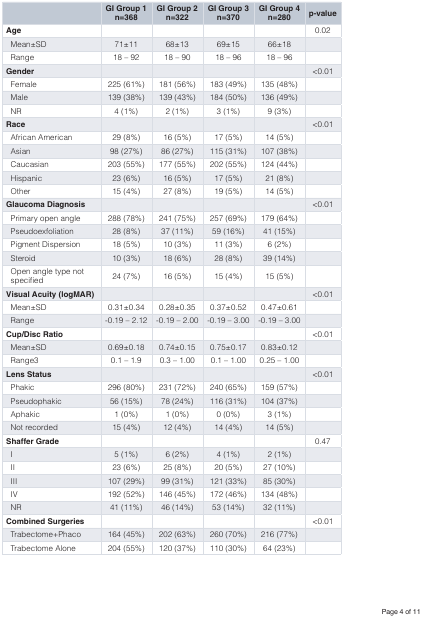
<table><thead><tr><td></td><td><b>GI Group 1n=368</b></td><td><b>GI Group 2n=322</b></td><td><b>GI Group 3n=370</b></td><td><b>GI Group 4n=280</b></td><td><b>p-value</b></td></tr></thead><tbody><tr><td><b>Age</b></td><td></td><td></td><td></td><td></td><td>0.02</td></tr><tr><td>Mean±SD</td><td>71±11</td><td>68±13</td><td>69±15</td><td>66±18</td><td></td></tr><tr><td>Range</td><td>18 – 92</td><td>18 – 90</td><td>18 – 96</td><td>18 – 96</td><td></td></tr><tr><td><b>Gender</b></td><td></td><td></td><td></td><td></td><td>&lt;0.01</td></tr><tr><td>Female</td><td>225 (61%)</td><td>181 (56%)</td><td>183 (49%)</td><td>135 (48%)</td><td></td></tr><tr><td>Male</td><td>139 (38%)</td><td>139 (43%)</td><td>184 (50%)</td><td>136 (49%)</td><td></td></tr><tr><td>NR</td><td>4 (1%)</td><td>2 (1%)</td><td>3 (1%)</td><td>9 (3%)</td><td></td></tr><tr><td><b>Race</b></td><td></td><td></td><td></td><td></td><td>&lt;0.01</td></tr><tr><td>African American</td><td>29 (8%)</td><td>16 (5%)</td><td>17 (5%)</td><td>14 (5%)</td><td></td></tr><tr><td>Asian</td><td>98 (27%)</td><td>86 (27%)</td><td>115 (31%)</td><td>107 (38%)</td><td></td></tr><tr><td>Caucasian</td><td>203 (55%)</td><td>177 (55%)</td><td>202 (55%)</td><td>124 (44%)</td><td></td></tr><tr><td>Hispanic</td><td>23 (6%)</td><td>16 (5%)</td><td>17 (5%)</td><td>21 (8%)</td><td></td></tr><tr><td>Other</td><td>15 (4%)</td><td>27 (8%)</td><td>19 (5%)</td><td>14 (5%)</td><td></td></tr><tr><td><b>Glaucoma Diagnosis</b></td><td></td><td></td><td></td><td></td><td>&lt;0.01</td></tr><tr><td>Primary open angle</td><td>288 (78%)</td><td>241 (75%)</td><td>257 (69%)</td><td>179 (64%)</td><td></td></tr><tr><td>Pseudoexfoliation</td><td>28 (8%)</td><td>37 (11%)</td><td>59 (16%)</td><td>41 (15%)</td><td></td></tr><tr><td>Pigment Dispersion</td><td>18 (5%)</td><td>10 (3%)</td><td>11 (3%)</td><td>6 (2%)</td><td></td></tr><tr><td>Steroid</td><td>10 (3%)</td><td>18 (6%)</td><td>28 (8%)</td><td>39 (14%)</td><td></td></tr><tr><td>Open angle type notspecified</td><td>24 (7%)</td><td>16 (5%)</td><td>15 (4%)</td><td>15 (5%)</td><td></td></tr><tr><td><b>Visual Acuity (logMAR)</b></td><td></td><td></td><td></td><td></td><td>&lt;0.01</td></tr><tr><td>Mean±SD</td><td>0.31±0.34</td><td>0.28±0.35</td><td>0.37±0.52</td><td>0.47±0.61</td><td></td></tr><tr><td>Range</td><td>-0.19 – 2.12</td><td>-0.19 – 2.00</td><td>-0.19 – 3.00</td><td>-0.19 – 3.00</td><td></td></tr><tr><td><b>Cup/Disc Ratio</b></td><td></td><td></td><td></td><td></td><td>&lt;0.01</td></tr><tr><td>Mean±SD</td><td>0.69±0.18</td><td>0.74±0.15</td><td>0.75±0.17</td><td>0.83±0.12</td><td></td></tr><tr><td>Range3</td><td>0.1 – 1.9</td><td>0.3 – 1.00</td><td>0.1 – 1.00</td><td>0.25 – 1.00</td><td></td></tr><tr><td><b>Lens Status</b></td><td></td><td></td><td></td><td></td><td>&lt;0.01</td></tr><tr><td>Phakic</td><td>296 (80%)</td><td>231 (72%)</td><td>240 (65%)</td><td>159 (57%)</td><td></td></tr><tr><td>Pseudophakic</td><td>56 (15%)</td><td>78 (24%)</td><td>116 (31%)</td><td>104 (37%)</td><td></td></tr><tr><td>Aphakic</td><td>1 (0%)</td><td>1 (0%)</td><td>0 (0%)</td><td>3 (1%)</td><td></td></tr><tr><td>Not recorded</td><td>15 (4%)</td><td>12 (4%)</td><td>14 (4%)</td><td>14 (5%)</td><td></td></tr><tr><td><b>Shaffer Grade</b></td><td></td><td></td><td></td><td></td><td>0.47</td></tr><tr><td>I</td><td>5 (1%)</td><td>6 (2%)</td><td>4 (1%)</td><td>2 (1%)</td><td></td></tr><tr><td>II</td><td>23 (6%)</td><td>25 (8%)</td><td>20 (5%)</td><td>27 (10%)</td><td></td></tr><tr><td>III</td><td>107 (29%)</td><td>99 (31%)</td><td>121 (33%)</td><td>85 (30%)</td><td></td></tr><tr><td>IV</td><td>192 (52%)</td><td>146 (45%)</td><td>172 (46%)</td><td>134 (48%)</td><td></td></tr><tr><td>NR</td><td>41 (11%)</td><td>46 (14%)</td><td>53 (14%)</td><td>32 (11%)</td><td></td></tr><tr><td><b>Combined Surgeries</b></td><td></td><td></td><td></td><td></td><td>&lt;0.01</td></tr><tr><td>Trabectome+Phaco</td><td>164 (45%)</td><td>202 (63%)</td><td>260 (70%)</td><td>216 (77%)</td><td></td></tr><tr><td>Trabectome Alone</td><td>204 (55%)</td><td>120 (37%)</td><td>110 (30%)</td><td>64 (23%)</td><td></td></tr></tbody></table>